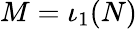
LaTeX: M=\iota_{1}(N)